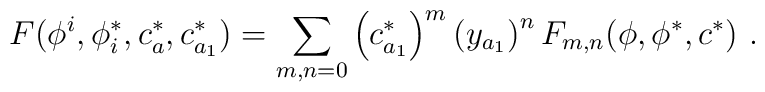
F(\phi^i ,\phi ^*_i, c^*_a,c^*_{a_1})=\sum_{m,n=0} \left(c^*_{a_1}\right) ^m \left(y_{a_1}\right)^n F_{m,n}(\phi ,\phi ^*,c^*)\ .